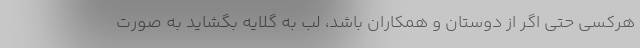
هرکسی حتی اگر از دوستان و همکاران باشد، لب به گلایه بگشاید به صورت